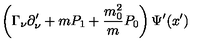
\left( \Gamma _ { \nu } \partial _ { \nu } ^ { \prime } + m P _ { 1 } + \frac { m _ { 0 } ^ { 2 } } { m } P _ { 0 } \right) \Psi ^ { \prime } ( x ^ { \prime } )